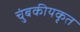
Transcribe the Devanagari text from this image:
चुंबकीयकृत